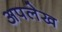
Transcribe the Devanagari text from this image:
अपलेख